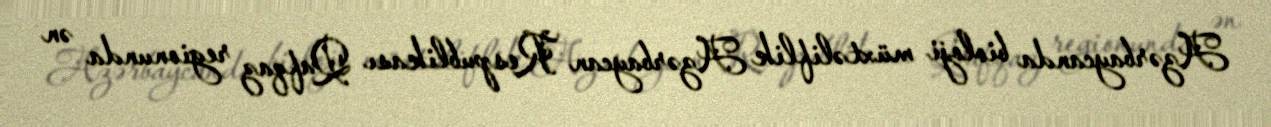
Azərbaycanda bioloji müxtəliflik Azərbaycan Respublikası Qafqaz regionunda ən